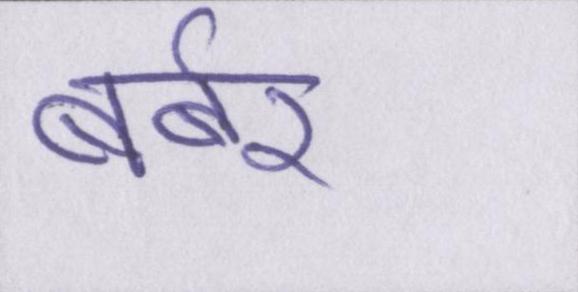
बर्बर